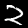
Label: 2